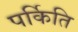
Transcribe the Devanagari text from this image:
पर्किति